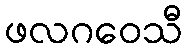
ဖလဂဝေသီ